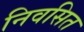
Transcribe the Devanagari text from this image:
निवसित